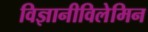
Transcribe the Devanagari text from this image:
विज्ञानीविलेमिन